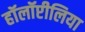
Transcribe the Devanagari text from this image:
हॉलॉप्टीलिया